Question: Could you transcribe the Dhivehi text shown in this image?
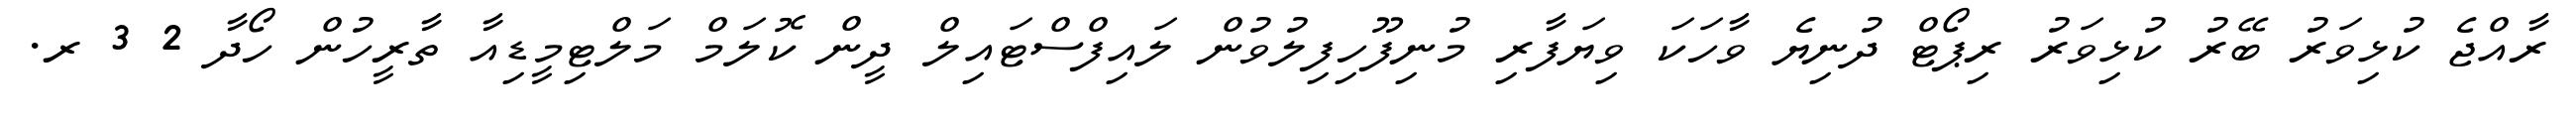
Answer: ރާއްޖެ ކުޅިވަރު ބޭރު ކުޅިވަރު ރިޕޯޓް ދުނިޔެ ވާހަކަ ވިޔަފާރި މުނިފޫހިފިލުވުން ލައިފްސްޓައިލް ދީން ކޮލަމް މަލްޓިމީޑިއާ ތާރީހުން ހޯދާ 2 3 ރ.